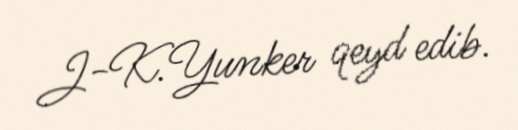
J-K.Yunker qeyd edib.